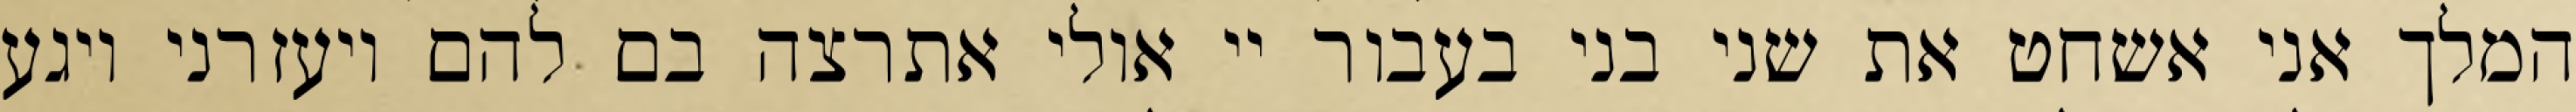
המלך אני אשחט את שני בני בעבור יי אולי אתרצה בם להם ויעזרני ויגע